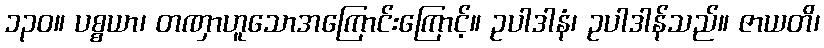
၁၃၀။ ပစ္စယာ၊ တဏှာဟူသောအကြောင်းကြောင့်။ ဥပါဒါနံ၊ ဥပါဒါန်သည်။ ဇာယတိ၊